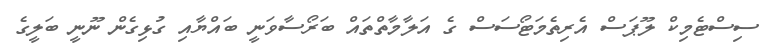
ސިސްޓެމިކް ލޫޕަސް އެރިތެމަޓޯސަސް ގެ އަލާމާތްތައް ބަރޯސާވަނީ ބައްޔާއި ގުޅިގެން ނޫނީ ބަލީގެ